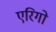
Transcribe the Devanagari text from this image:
एरिगो